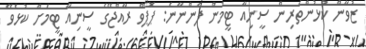
ޒުވާން ކުޅުންތެރިން ސީނިއާ ޓީމުން ފެންނާނެ: ޕޮޕޯވް ރާއްޖޭގެ ސީނިއާ ޓީމަށް ކުޅެވޭ